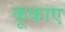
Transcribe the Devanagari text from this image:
कूकाए